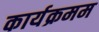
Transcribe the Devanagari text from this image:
कार्यक्रमम